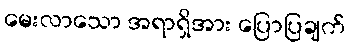
မေးလာသော အရာရှိအား ပြောပြချက်